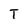
Character: T